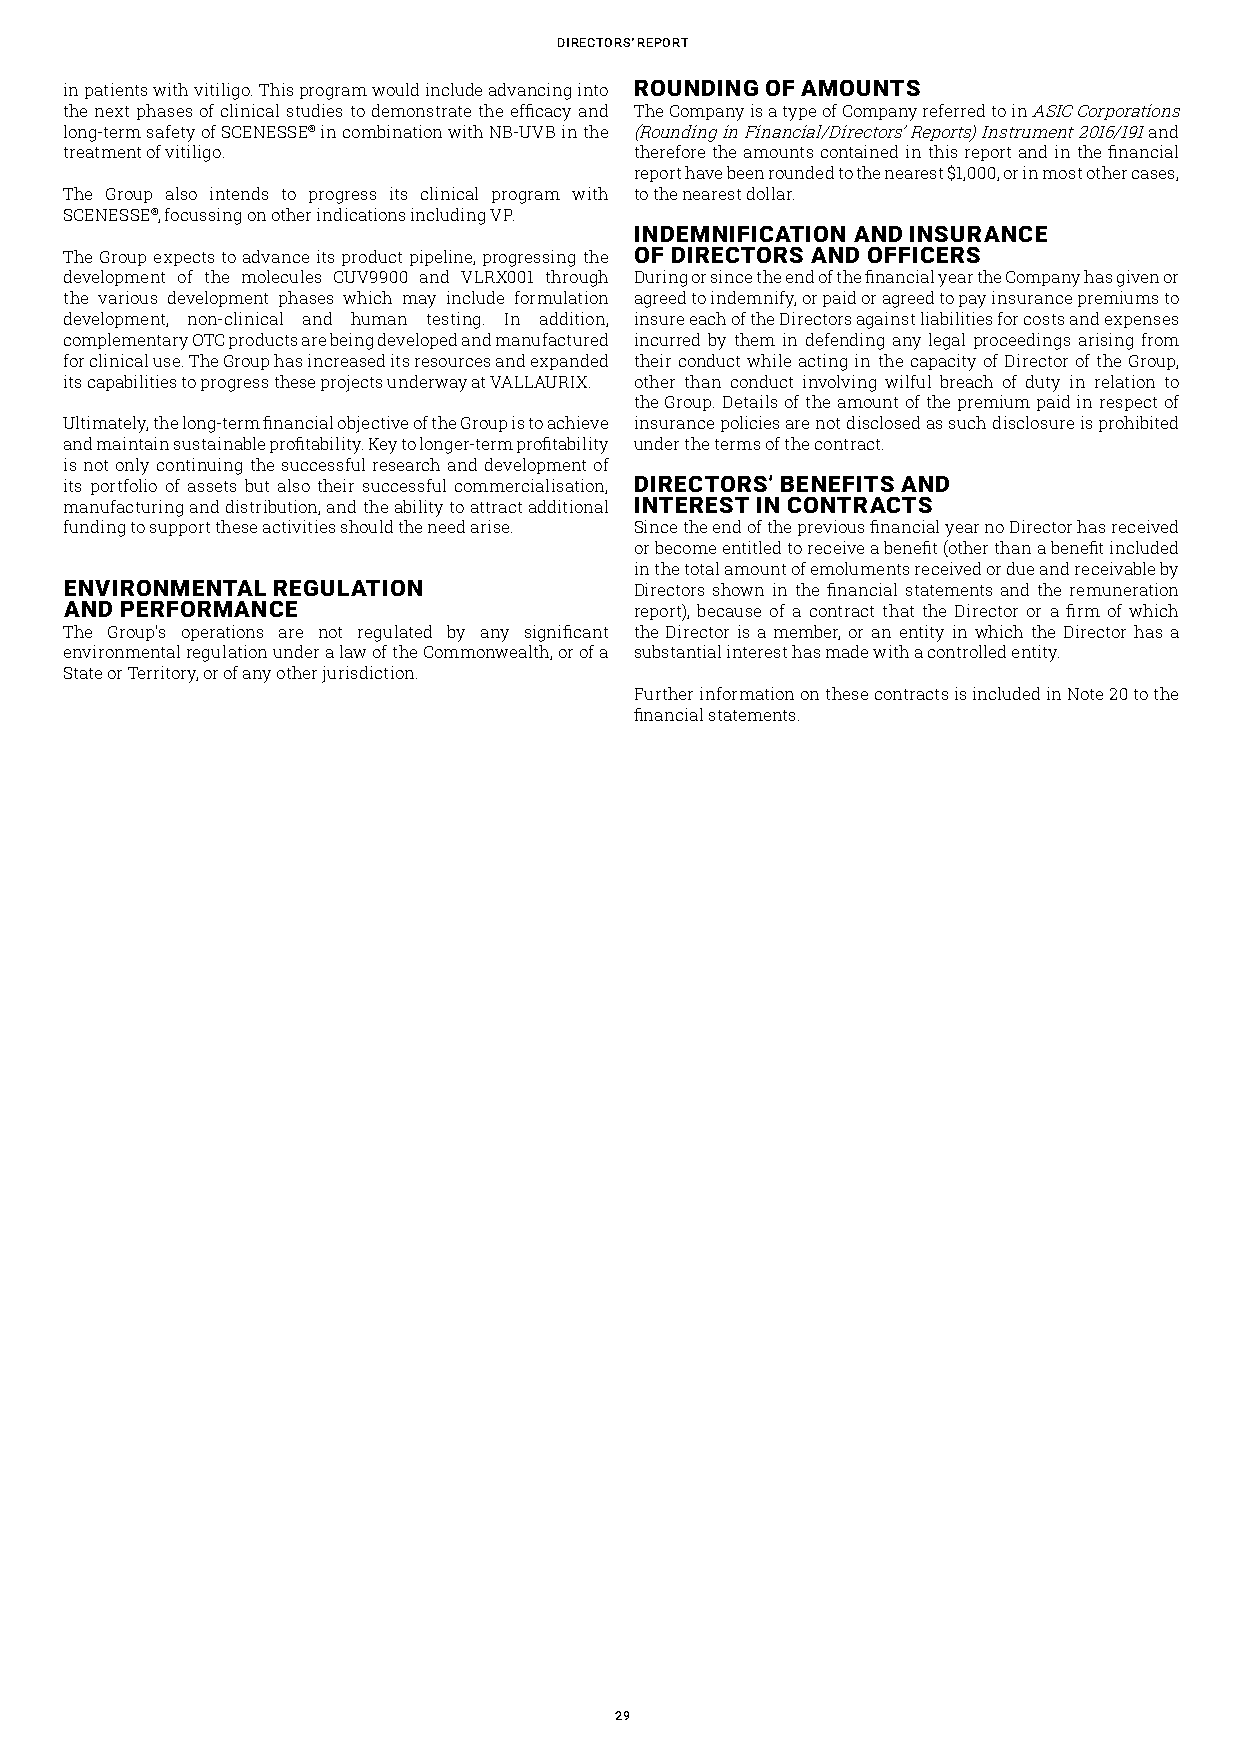
dirECtors' rEport
 in patients with vitiligo. This program would include advancing into ROUNDING OF AMOUNTS
 the next phases of clinical studies to demonstrate the efficacy and The Company is a type of Company referred to in ASIC Corporations
 long-term safety of SCENESSE® in combination with NB-UVB in the (Rounding in Financial/Directors’ Reports) Instrument 2016/191 and
 treatment of vitiligo.                therefore the amounts contained in this report and in the financial
 report have been rounded to the nearest $1,000, or in most other cases,
 The Group also intends to progress its clinical program with to the nearest dollar.
 SCENESSE®, focussing on other indications including VP.
 INDEMNIFICATION AND INSURANCE
 The Group expects to advance its product pipeline, progressing the OF DIRECTORS AND OFFICERS
 development of the molecules CUV9900 and VLRX001 through During or since the end of the financial year the Company has given or
 the various development phases which may include formulation agreed to indemnify, or paid or agreed to pay insurance premiums to
 development, non-clinical and human testing. In addition, insure each of the Directors against liabilities for costs and expenses
 complementary OTC products are being developed and manufactured incurred by them in defending any legal proceedings arising from
 for clinical use. The Group has increased its resources and expanded their conduct while acting in the capacity of Director of the Group,
 its capabilities to progress these projects underway at VALLAURIX. other than conduct involving wilful breach of duty in relation to
 the Group. Details of the amount of the premium paid in respect of
 Ultimately, the long-term financial objective of the Group is to achieve insurance policies are not disclosed as such disclosure is prohibited
 and maintain sustainable profitability. Key to longer-term profitability under the terms of the contract.
 is not only continuing the successful research and development of
 its portfolio of assets but also their successful commercialisation, DIRECTORS’ BENEFITS AND
 manufacturing and distribution, and the ability to attract additional INTEREST IN CONTRACTS
 funding to support these activities should the need arise. Since the end of the previous financial year no Director has received
 or become entitled to receive a benefit (other than a benefit included
 in the total amount of emoluments received or due and receivable by
 ENVIRONMENTAL REGULATION              Directors shown in the financial statements and the remuneration
 AND PERFORMANCE                       report), because of a contract that the Director or a firm of which
 The Group's operations are not regulated by any significant the Director is a member, or an entity in which the Director has a
 environmental regulation under a law of the Commonwealth, or of a substantial interest has made with a controlled entity.
 State or Territory, or of any other jurisdiction.
 Further information on these contracts is included in Note 20 to the
 financial statements.
 29